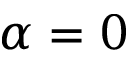
\alpha = 0